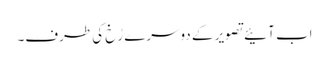
اب آئیے تصویر کے دوسرے رُخ کی طرف۔